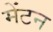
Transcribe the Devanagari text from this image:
मेंटन